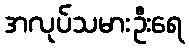
အလုပ်သမားဦးရေ